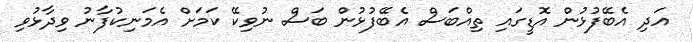
އަދި އެބޭފުޅުން އޮޑީގައި ތިއްބަސް އެބޭފުޅުން ބަސް ނުވިކޭ ކަމަށް އެމަނިކުފާނު ވިދާޅުވި